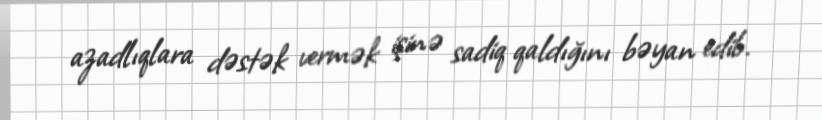
azadlıqlara dəstək vermək işinə sadiq qaldığını bəyan edib.